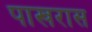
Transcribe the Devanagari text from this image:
पाखरास